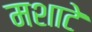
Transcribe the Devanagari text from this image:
मशाटे